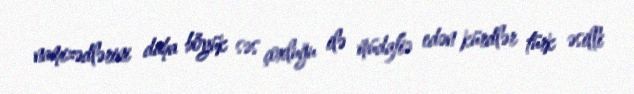
namizədlərini daha böyük səs çoxluğu ilə müdafiə edən kürdlər türk əsilli